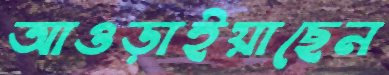
আওড়াইয়াছেন